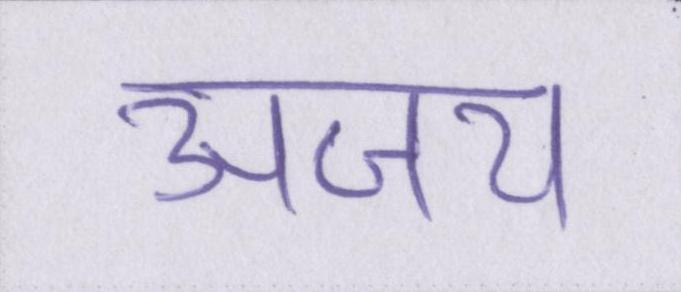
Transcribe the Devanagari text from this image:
अजय